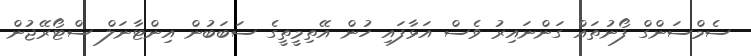
ސެމްސަންގް ފޯނުތައް ގަންނައިރު ވެސް އަޅާފައި ހުން އޭތިމީތީގެ ސަބަބުން އިންޓާނަލް ސްޓޯރޭޖުން